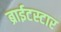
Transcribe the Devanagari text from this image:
ब्राईटस्टार